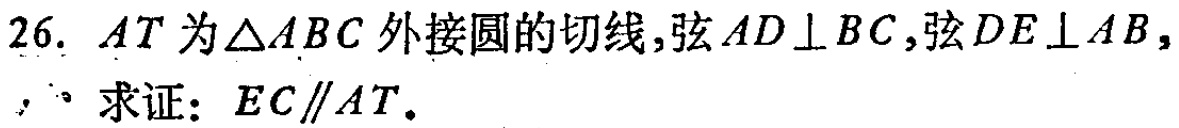
26. \(AT\)为\(\triangle ABC\)外接圆的切线,弦\(AD\perp BC\),弦\(DE\perp AB\),
求证：\(EC\parallel AT\).